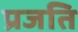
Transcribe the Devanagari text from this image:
प्रजति